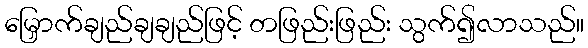
မြှောက်ချည်ချချည်ဖြင့် တဖြည်းဖြည်း သွက်၍လာသည်။